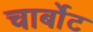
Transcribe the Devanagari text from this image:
चार्बोट